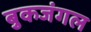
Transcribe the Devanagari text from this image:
बुकजंगल